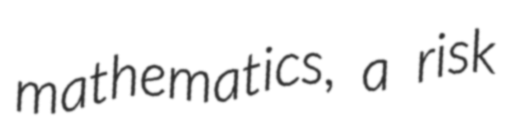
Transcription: mathematics, a risk